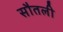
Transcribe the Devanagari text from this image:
सौतली